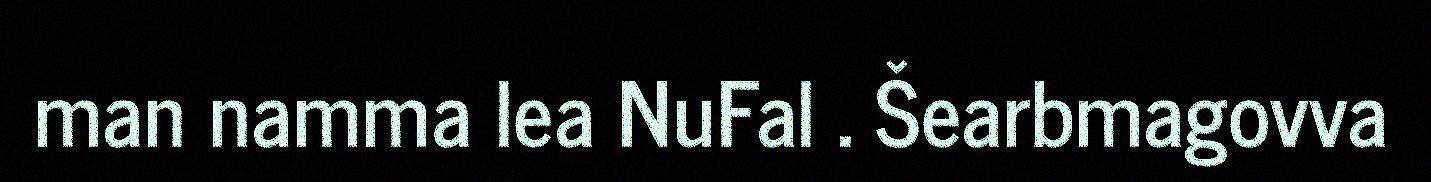
man namma lea NuFal . Šearbmagovva